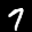
Label: 7